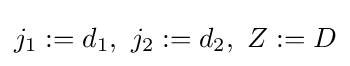
j_{1}:=d_{1},\ j_{2}:=d_{2},\ Z:=D